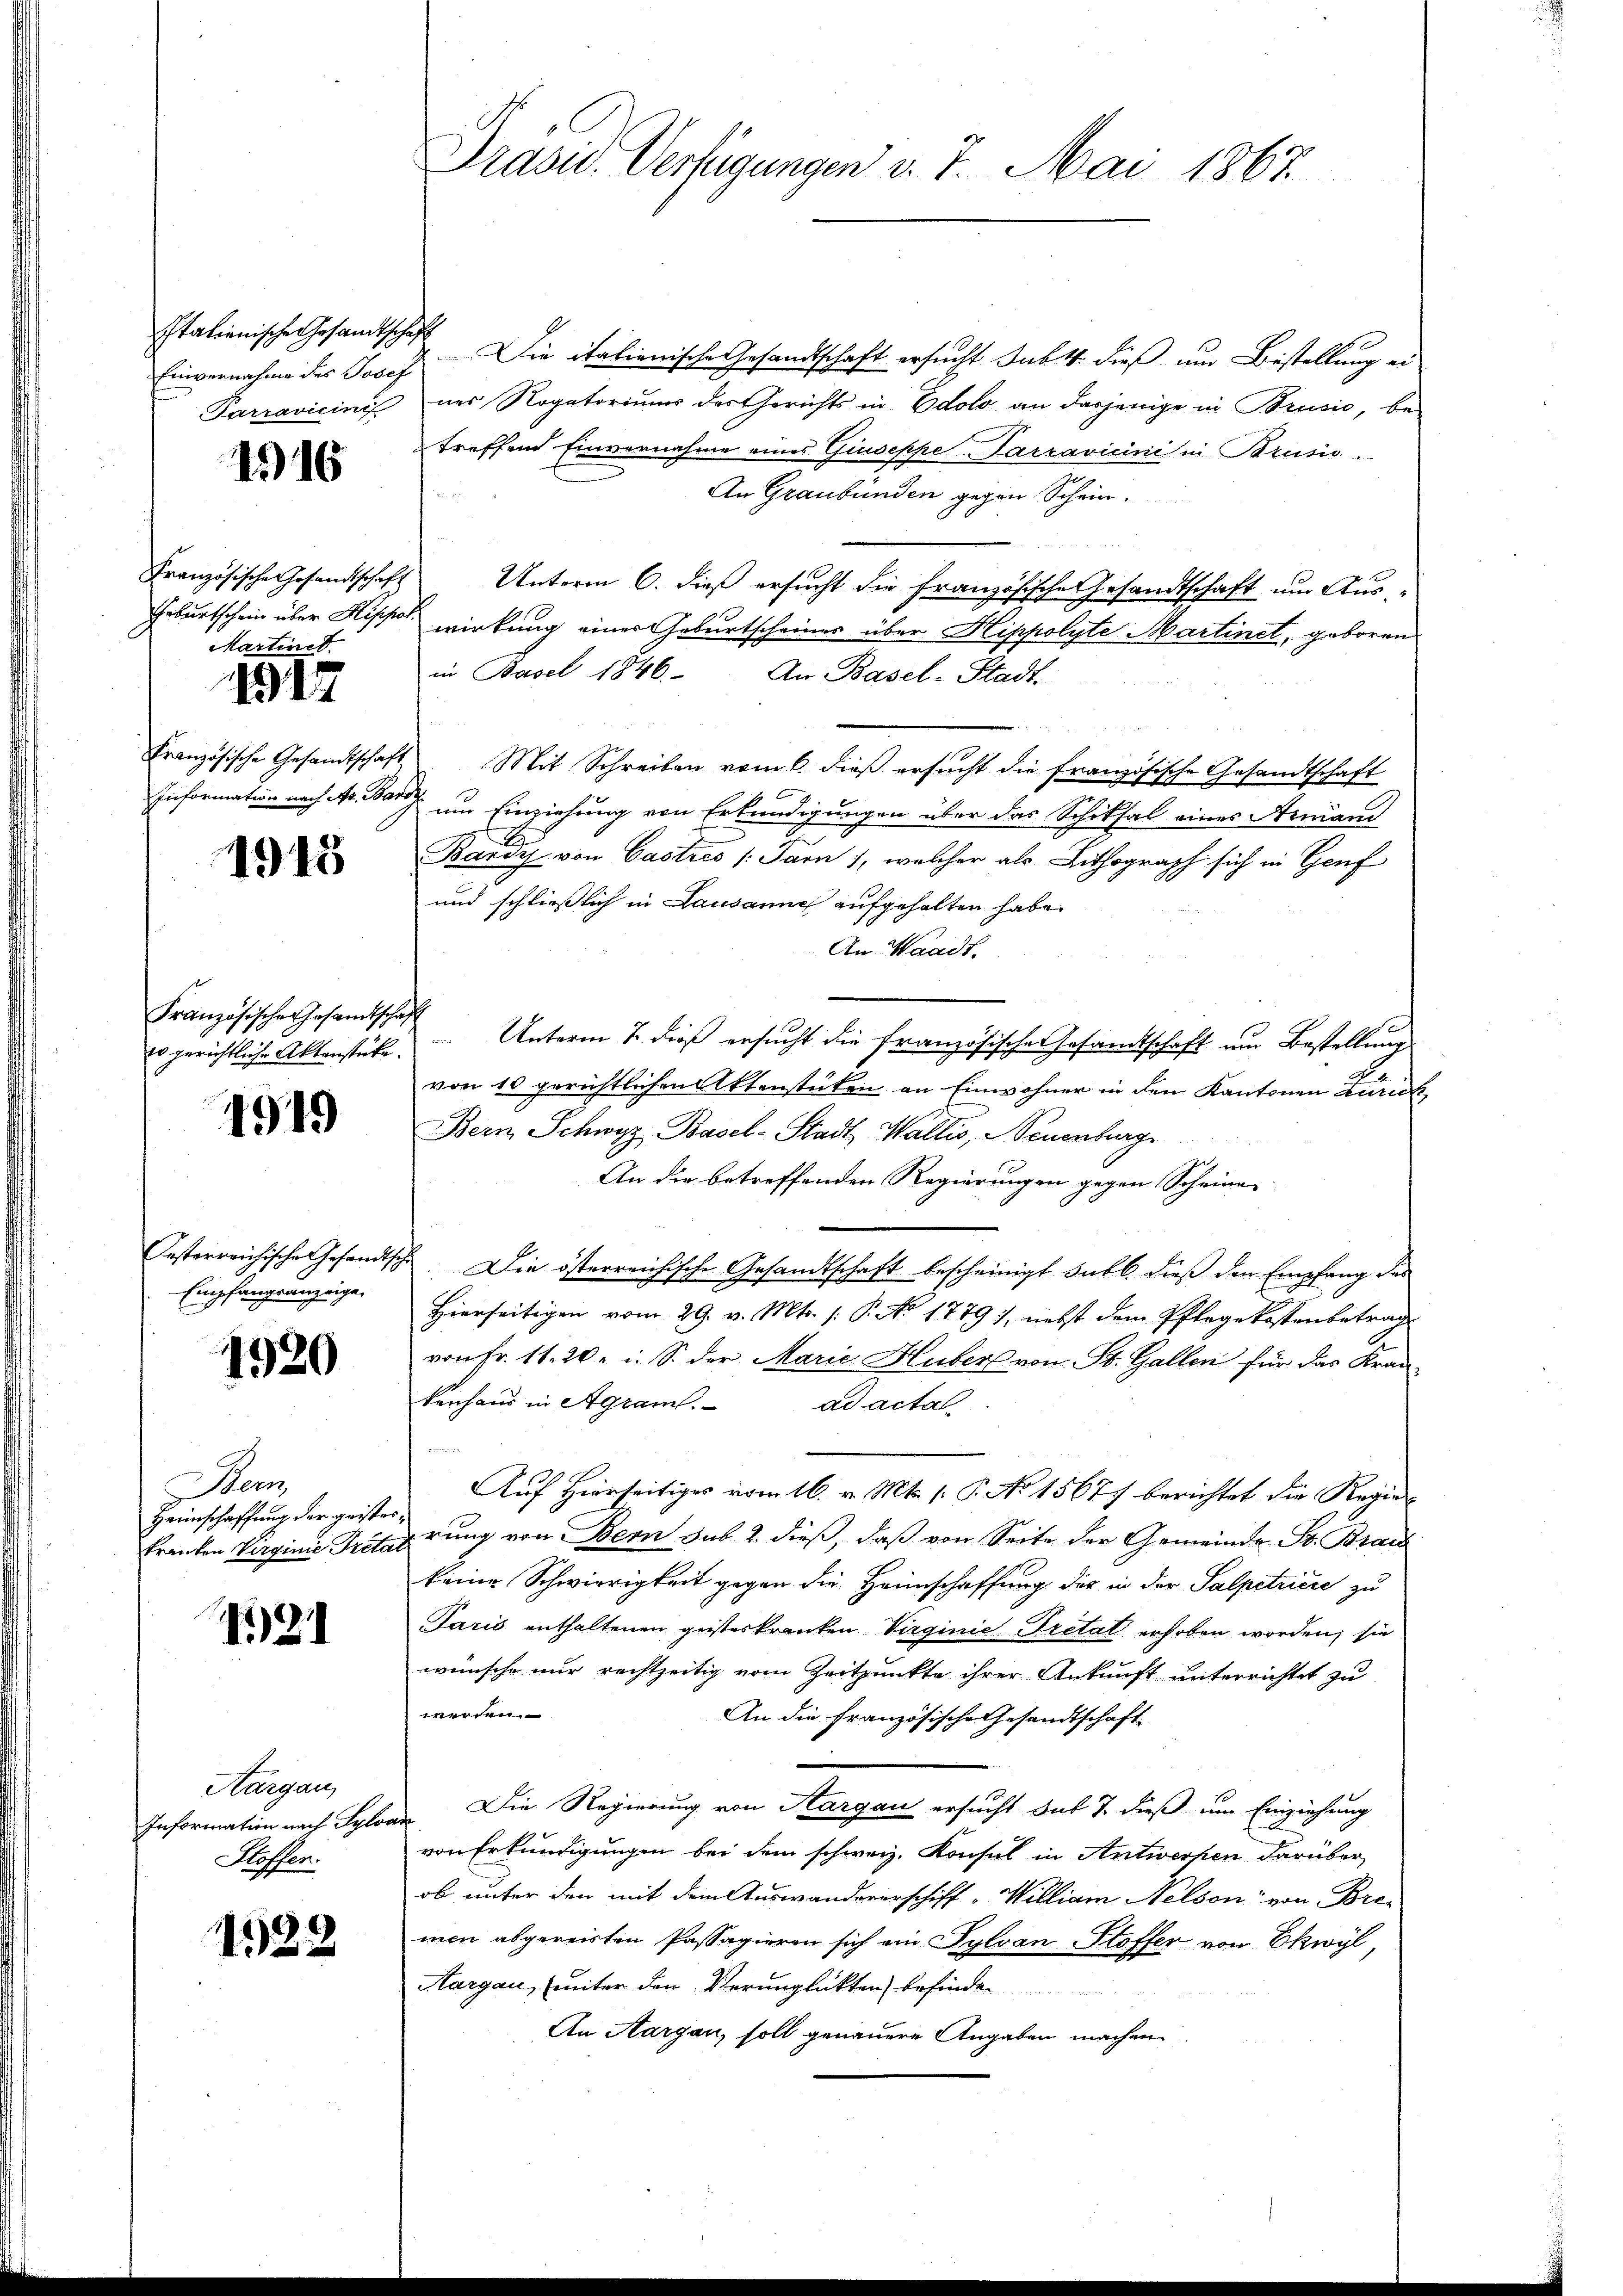
Italienische Gesandtschaft

116

Martinet.

1917

1915

Französische Gesamtschaft

4919

Empfangsanzeige,

1920

Bem
Heimschaffung der geister¬

)21

Aargau,
Information nach Sylo
Stoffen.

1528

Präsid. Verfügungen d. 7. Mai 1867.

Einvernahme des Josef Die italienische Gesandtschaft ersucht. Subt. dieß um Bestellung ei
Parravicinis ner Rogatoriums des Gerichts in Edolo an dasjenige in Brusić, be-
treffend Einvernahme eines Giuseppe Parravicini in Brusis.
An Graubünden gegen Schein.
Französische Gesandtschaft Unterm 6. dieß ersucht die französische esandtschaft um Aus¬
Geburtschein über Hippol wirkung einer Geburtscheiner über Hippolyte Martinet, geboren
in Basel 1846. An Basel-Stadt
Französische Gesandtschaft Mit Schreiben vom 6. dieβ ersŭcht die französische Gesandtschaft
Information nach M. um Einziehung von Erkundigungen über das Schiksal eines Armani
Kardy von Castres (Parn), welcher als Lithograph sich in Genf
und schließlich in Lausanne aufgehalten habe.
An Waadt.
er gerichtliche Aktenstücke. Unterm 7. dieß ersucht die französische Gesandtschaft um Bestellung
von 10 gerichtlichen Aktenstücken an Einwohner in den Kantonen Zürich
Bern Schwyz Basel-Stadt Wallis, Neuenburg
An die betreffenden Regierungen gegen Scheine |
Oesterreichische Gesandtsche. Die österreichische Gesandtschaft bescheinigt subl. dieß den Empfang des
Hierseitigen vom 29. v. Mts. (: P. No. 1779), nebst dem Pflegekostenbetrag
von Fr. 11. 20. i. S. der Marie Huber von St. Gallen für das Kran-
kenhaus in Agram.
ad acta

Auf Hierseitiges vom 16. v. Mts. 1. P. No 15677 berichtet die Regie¬
Franten Verginie Triterung von Bern sub 2. dieß, daß von Seite der Gemeinde St. Brau
keine Schwierigkeit gegen die Heimschaffung der in der Salpetriere zu
Paris enthaltenen geisteskranken. Virginie Tretat erhoben worden; sie
wünsche nur rechtzeitig vom Zeitpunkte ihrer Ankunft unterrichtet zu
werden.
An die französische Gesandtschaft
 Die Regierung von Aargau ersucht das 7. dieß um Einziehung
von Erkundigungen bei dem schweiz. Konsul in Antwerfen darüber
ob unter den mit dem Auswandererschiff „William Nelson von Bre-
men abgereisten Passagieren sich ein Sylvan Stoffer von Ekwyl,
Hargau, (unter den Verunglückten befinden
An Aargau, soll genauere Angaben machen